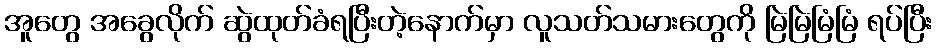
အူတွေ အခွေလိုက် ဆွဲထုတ်ခံရပြီးတဲ့နောက်မှာ လူသတ်သမားတွေကို မြဲမြဲမြံမြံ ရပ်ပြီး